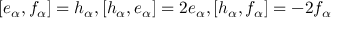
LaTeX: [ e _ { \alpha } , f _ { \alpha } ] = h _ { \alpha } , [ h _ { \alpha } , e _ { \alpha } ] = 2 e _ { \alpha } , [ h _ { \alpha } , f _ { \alpha } ] = - 2 f _ { \alpha }